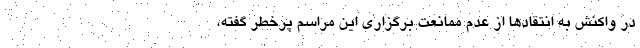
در واکنش به انتقادها از عدم ممانعت برگزاری این مراسم پرخطر گفته،